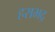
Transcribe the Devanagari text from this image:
हराभद्र